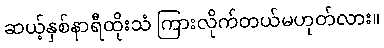
ဆယ့်နှစ်နာရီထိုးသံ ကြားလိုက်တယ်မဟုတ်လား။